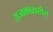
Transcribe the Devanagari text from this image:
राज्यकाळातील